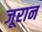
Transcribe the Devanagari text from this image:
जूरान